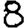
Digit: 8